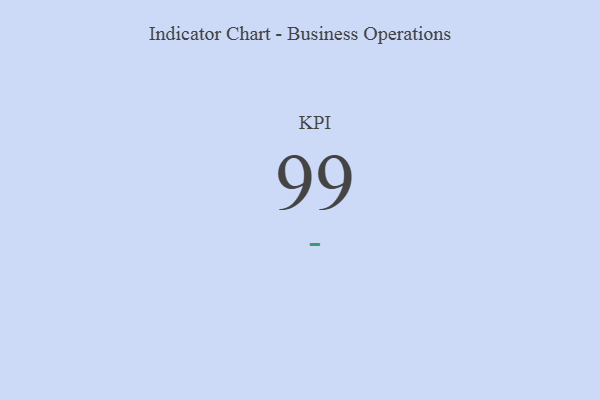
{"axis": {"x": "KPI", "y": "Value"}, "legend": [""], "data": [{"x": "KPI", "y": 99, "type": ""}]}